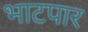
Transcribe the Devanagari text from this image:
भाटपार